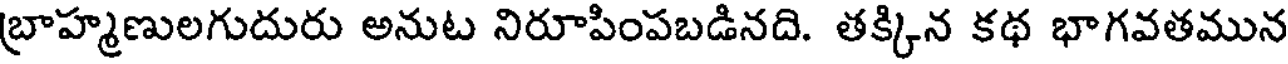
బ్రాహ్మణులగుదురు అనుట నిరూపింపబడినది. తక్కిన కథ భాగవతమున